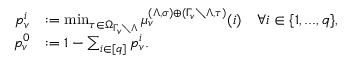
\begin{array} { r l } { p _ { v } ^ { i } } & { : = \operatorname* { m i n } _ { \tau \in \Omega _ { \Gamma _ { v } \setminus \Lambda } } \mu _ { v } ^ { ( \Lambda , \sigma ) \oplus ( \Gamma _ { v } \setminus \Lambda , \tau ) } ( i ) \quad \forall i \in \{ 1 , . . . , q \} , } \\ { p _ { v } ^ { 0 } } & { : = 1 - \sum _ { i \in [ q ] } p _ { v } ^ { i } . } \end{array}